画像に写った文字を読んでください
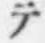
「テ」と書いてあります